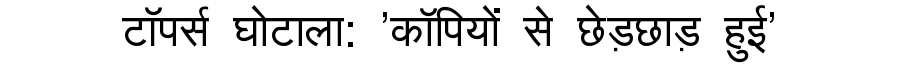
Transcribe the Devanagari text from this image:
टॉपर्स घोटाला: 'काॅपियों से छेड़छाड़ हुई'